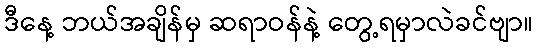
ဒီနေ့ ဘယ်အချိန်မှ ဆရာဝန်နဲ့ တွေ့ရမှာလဲခင်ဗျာ။